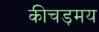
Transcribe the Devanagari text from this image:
कीचड़मय